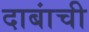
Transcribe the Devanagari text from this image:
दाबांची